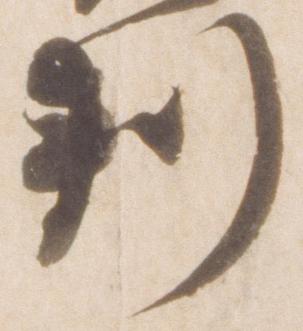
判